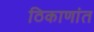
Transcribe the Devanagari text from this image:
ठिकाणांत